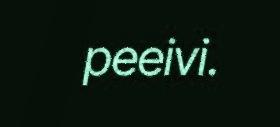
peeivi.